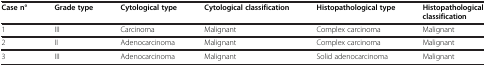
<table><thead><tr><td><b>Case n°</b></td><td><b>Grade type</b></td><td><b>Cytological type</b></td><td><b>Cytological classification</b></td><td><b>Histopathological type</b></td><td><b>Histopathological classification</b></td></tr></thead><tbody><tr><td>1</td><td>III</td><td>Carcinoma</td><td>Malignant</td><td>Complex carcinoma</td><td>Malignant</td></tr><tr><td>2</td><td>II</td><td>Adenocarcinoma</td><td>Malignant</td><td>Complex carcinoma</td><td>Malignant</td></tr><tr><td>3</td><td>III</td><td>Adenocarcinoma</td><td>Malignant</td><td>Solid adenocarcinoma</td><td>Malignant</td></tr></tbody></table>